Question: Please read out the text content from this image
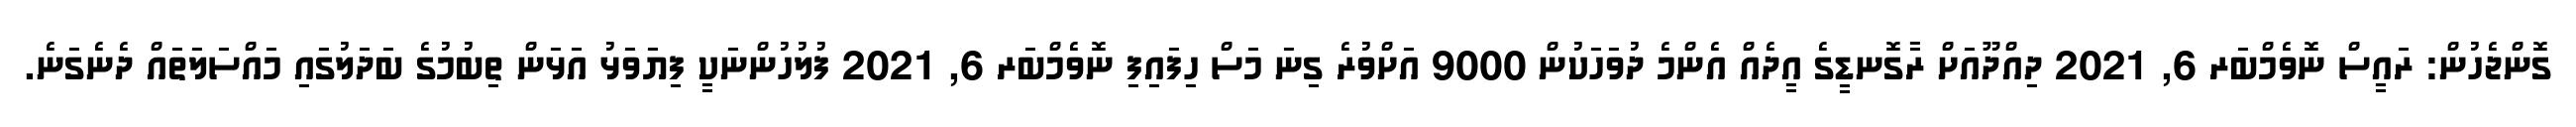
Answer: ގޮންޖެހުން: ރައީސް ނޮވެމްބަރ 6, 2021 ދިއްދޫއަށް ރާގޮނޑީގެ އީދެއް އެންމެ ދުވަހަކުން 9000 އަށްވުރެ ގިނަ މަސް ހިފައިފި ނޮވެމްބަރ 6, 2021 ފުލުހުންނަކީ ފިޔަވަޅު އަޅަން ތިބުމުގެ ބަދަލުގައި މައްސަލަތައް ދެނެގަނެ.